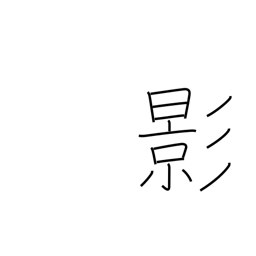
Meaning: shadow